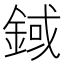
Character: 𨨅